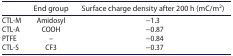
<table><thead><tr><td><b> </b></td><td><b>End group</b></td><td><b>Surface charge density after 200 h (mC/m<sup>2</sup>)</b></td></tr></thead><tbody><tr><td>CTL-M</td><td>Amidosyl</td><td>−1.3</td></tr><tr><td>CTL-A</td><td>COOH</td><td>−0.87</td></tr><tr><td>PTFE</td><td>–</td><td>−0.84</td></tr><tr><td>CTL-S</td><td>CF3</td><td>−0.37</td></tr></tbody></table>